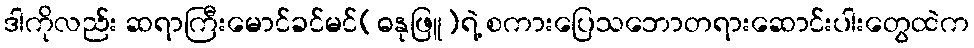
ဒါကိုလည်း ဆရာကြီးမောင်ခင်မင်(ဓနုဖြူ)ရဲ့ စကားပြေသဘောတရားဆောင်းပါးတွေထဲက